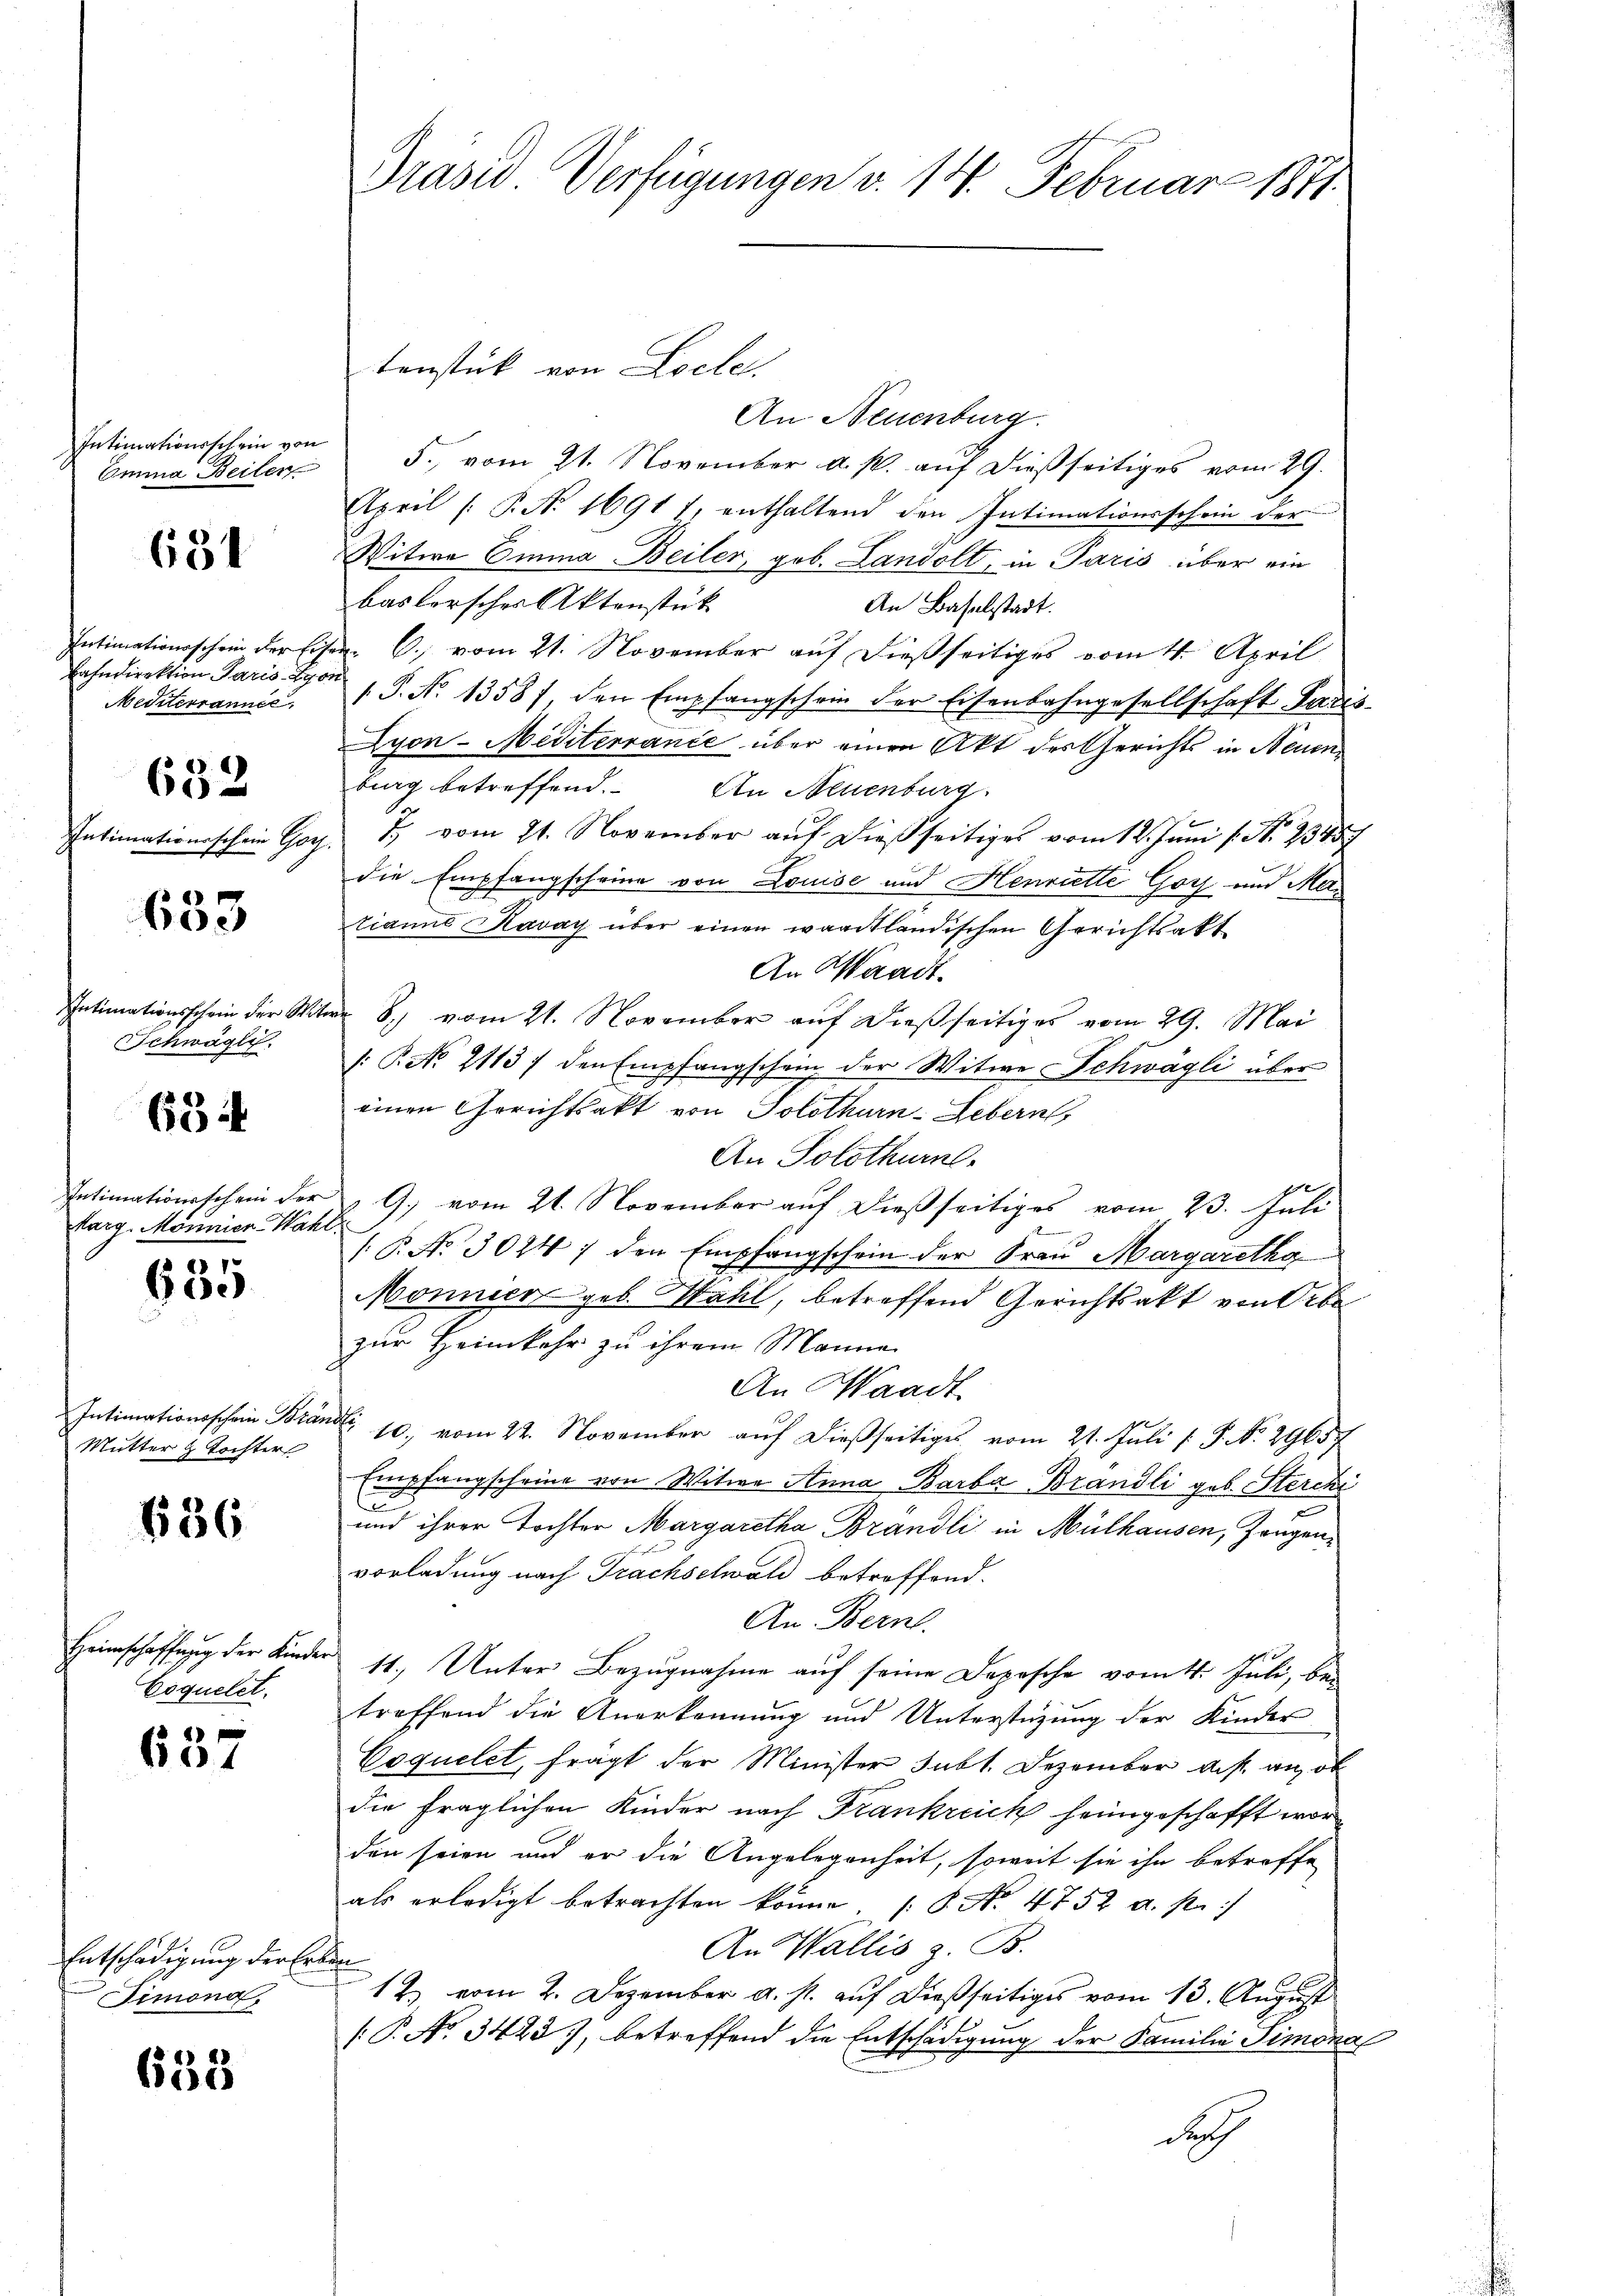
Intimationsschein von
Omina Beilen

631

Bahndirektion Paris von
Meiiterrannée,

652

Intimationsschein Gor

633

Schwägli

63

karg. Monnien-Wahl

685

Intimationsschein Bra
Mutter & Tochter

636

Coquelet

637

Entschädigung der Erben
Fimond,

655

Präsid Verfügungen v. 14. Februar 1871

tenstück von Loche.
An Neuenburg.
5., vom 21. November a. p. auf dießseitiges vom 29.
April /: P. N. 1691 7, enthaltend den Intimationsschein der
Witwe Emina Beiler, geb. Landolt, in Paris über ein
baslersches Aktenstück
An Baselstadt.
Intimationsschein der Eiser. C. vom 21. November aŭf dießseitiges vom 4. April
/. P. Nr. 13587 den Empfangschein der Eisenbahngesellschaft Paris
Lyon-Mediterrance über einen Akt des Gerichts in Neuenbing betreffend. An Neuenburg
7 vom 21. November auf dießseitiges vom 12. Juni l. No 1345
2
die Empfangscheine von Louise und Henriette Gorz und Matianna Kavay über einen waadtländischen Gerichtsakt
An Waadt
Intimationsschein der Witwe S. vom 21. November auf dießseitiges vom 29. Mai
/: P. No. 2113 / den Empfangschein der Witwe Schwagli über
einen Gerichtsakt von Solothurn-Lebern,
An Solothurn.
Intimationsschein der G. vom 21. November auf dießseitiges vom 23. Juli
(P. No. 3024 / den Empfangschein der Frau Margaretha
Monnier geb. Wahl, betreffend Gerichtsakt von Obe
zur Heimkehr zu ihrem Manne
An Waadt
winke
10. vom 22. November aŭf dießseitiges vom 21. Juli [ P. No. 29657
Empfangscheine von Witwe Anna Barba Brandli geb. Sterchi
h
und ihrer Tochter Margaretha Brandli in Mülhausen, Zeugenvorladung nach Trachselwald betreffend.
An Bern.
Heimschaffung der Kinder 11. Unter Bezugnahme auf seine Depesche vom 4. Juli, betreffend die Anerkennung und Unterstüzung der Kinder
Coquelet, frägt der Minister subt. Dezember daß an, ob
die fraglichen Kinder nach Frankreich heimgeschafft worden seien und er die Angelegenheit, soweit sie ihn betreffe
als erledigt betrachten könne, (§. No. 4752 a. p.
An Wallis z. B.
12, vom 2. Dezember a. s. auf dießseitiges vom 13. August
[P. No. 3423), betreffend die Entschädigung der Familie Simona
desch